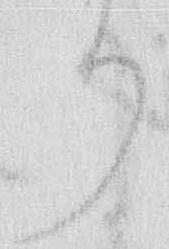
り